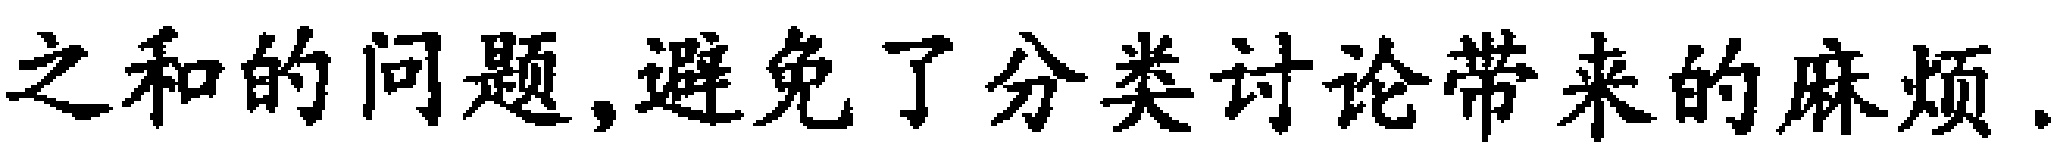
之和的问题,避免了分类讨论带来的麻烦.